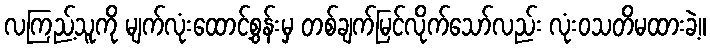
လကြည့်သူကို မျက်လုံးထောင့်စွန်းမှ တစ်ချက်မြင်လိုက်သော်လည်း လုံးဝသတိမထားခဲ့။